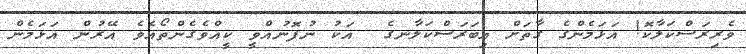
ވެރިރަސްކަލާކޮ! އަޅަމެންގެ ގާތަށް އިބަރަސްކަލާނގެ  އަކު ނުފޮނުއްވީ ކީއްވެގެންތޯއެވެ އޭރުން އަޅަމެން